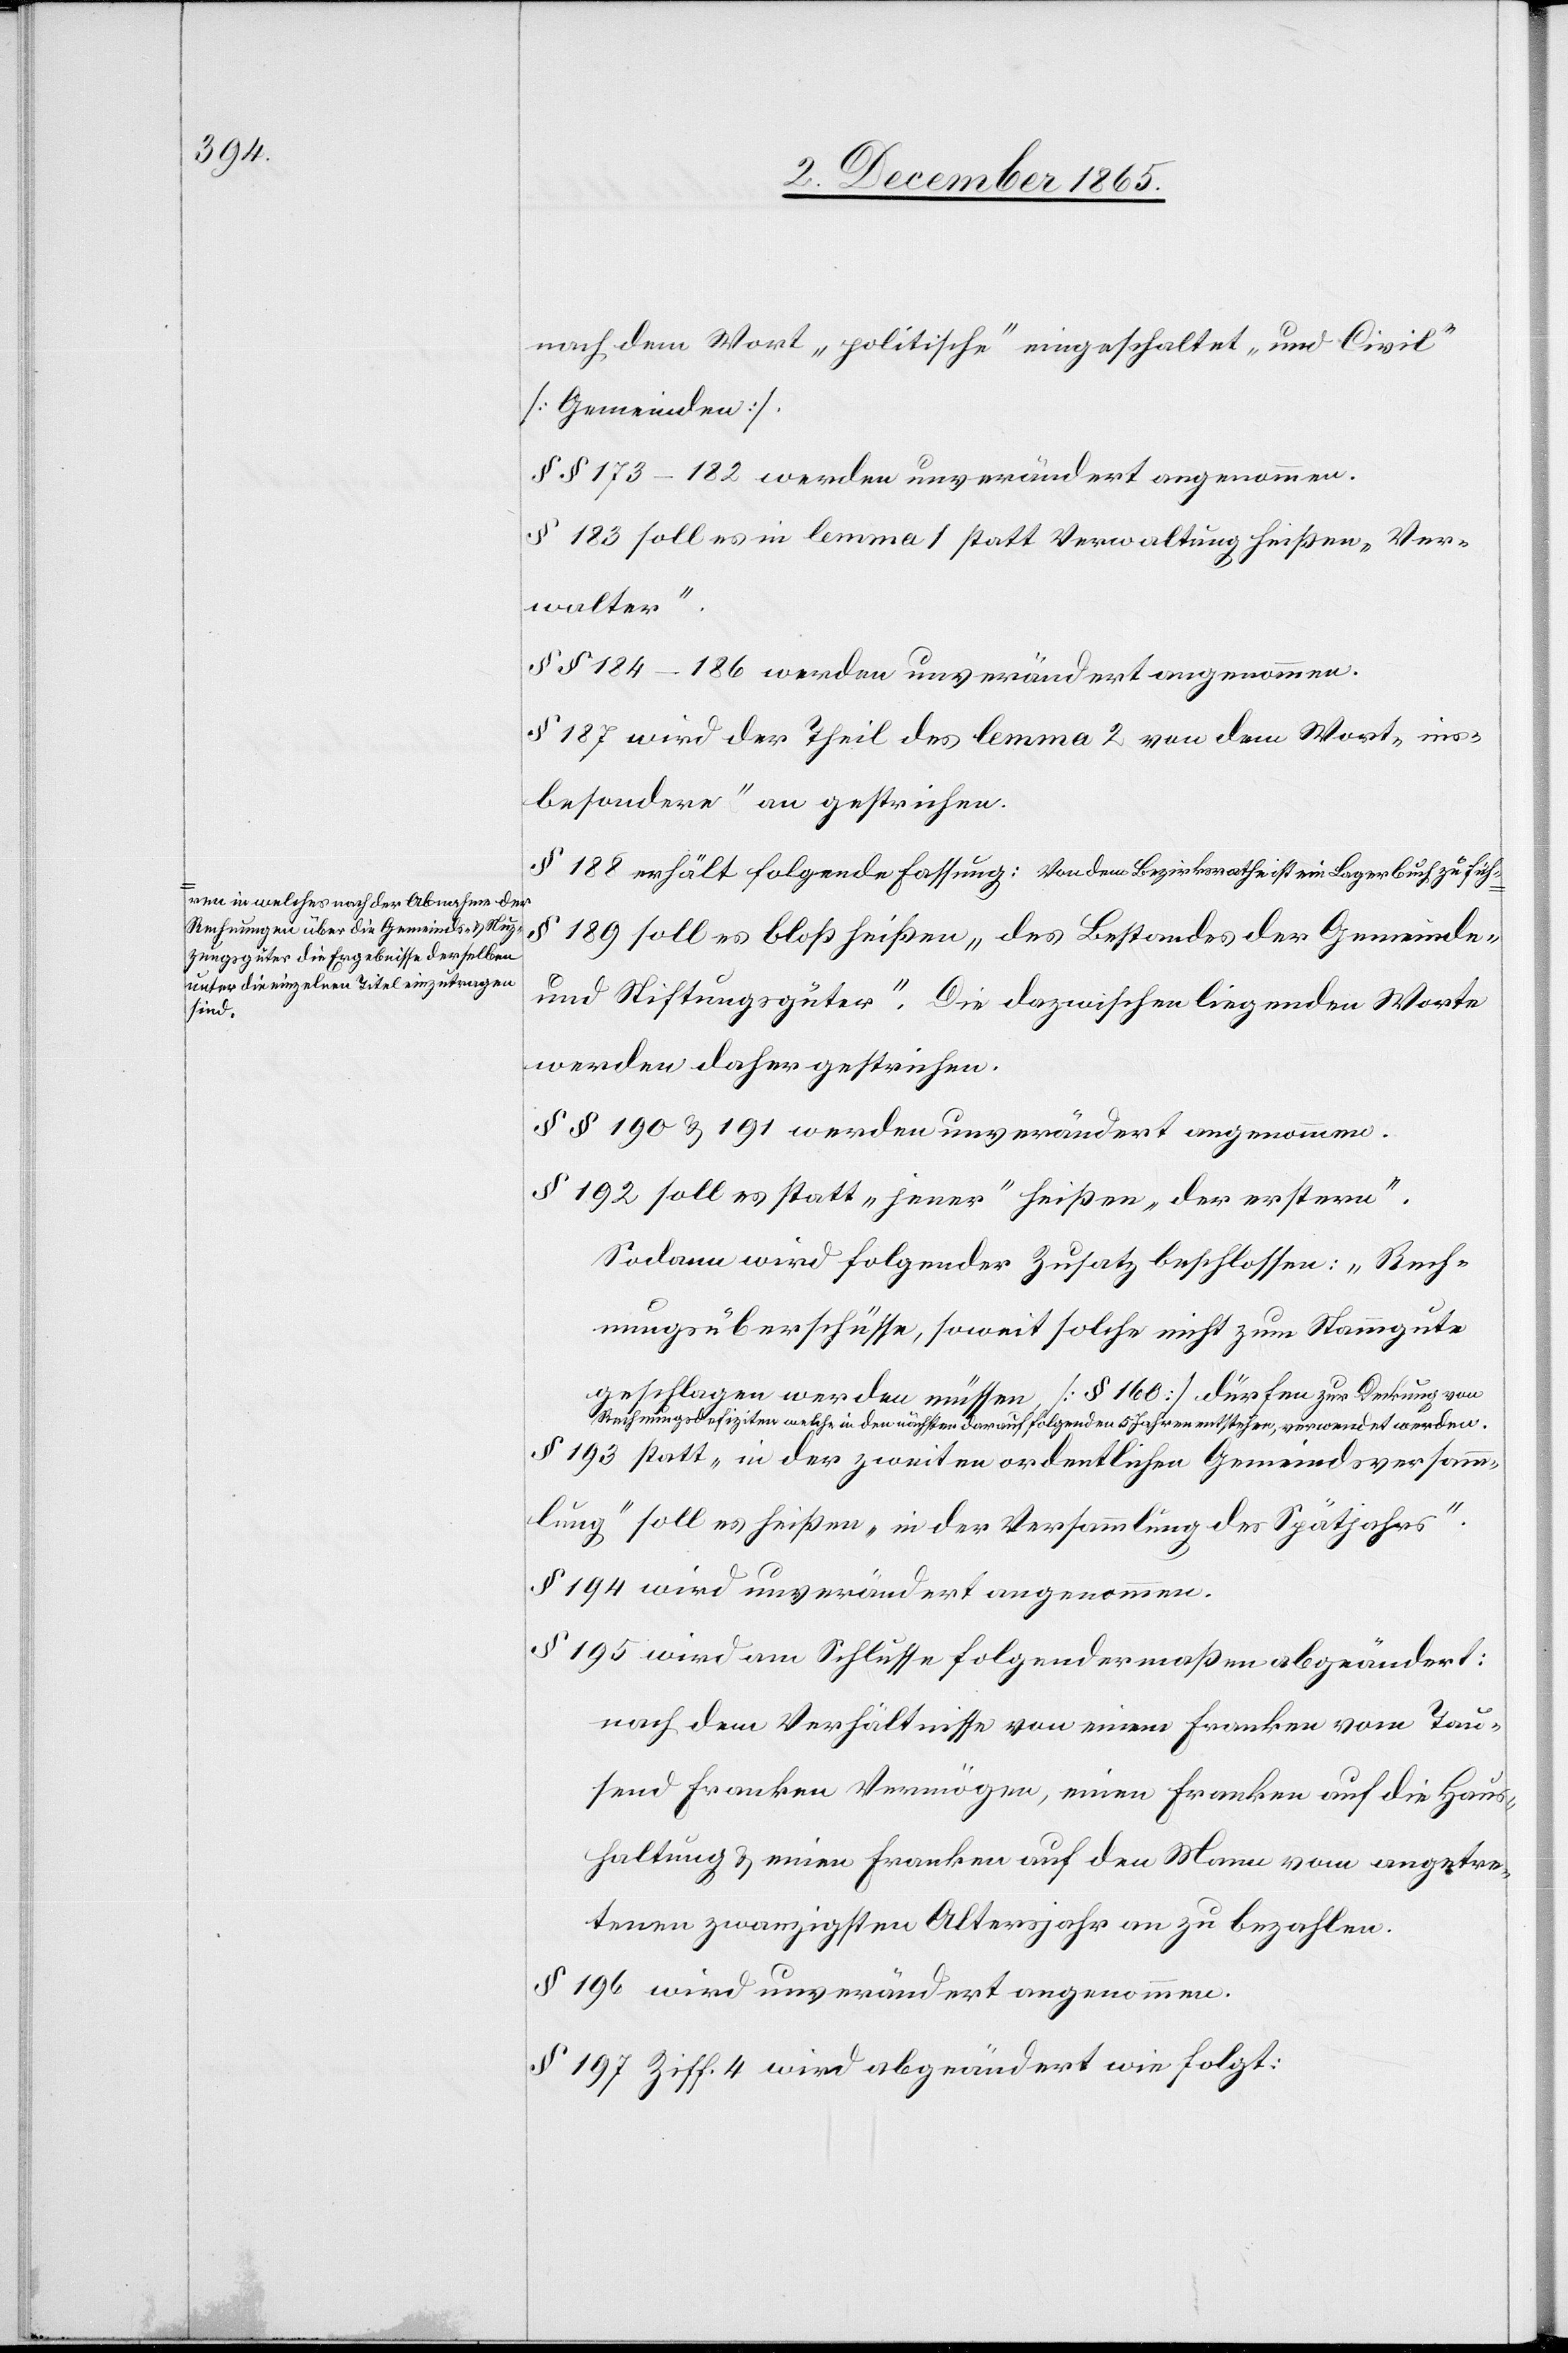
a-ren in welches nach der Abnahme der
Rechnungen über die Gemeinds- & Nuz¬
zungsgüter [sic!] die Ergebnisse derselben
unter die einzelnen Titel einzutragen

nach dem Wort „politisch“ eingeschaltet „und Civil“
[Gemeinden].
§§ 173–182 werden unverändert angenommen.
§ 183 soll es in lemma 1 statt Verwaltung heißen „Ver¬
walter“.
§§ 184–186 werden unverändert angenommen.
§ 187 wird der Theil des lemma 2 von dem Wort „ins¬
besondere“ an gestrichen.
§ 188 erhält folgende Fassung: Von dem Bezirksrathe ist ein Lagerbuch zu füh-
§
189 soll es bloß heißen „des Bestandes der Gemeinde
und Stiftungsgüter“. Die dazwischen liegenden Worte
werden daher gestrichen.
§§ 190 & 191 werden unverändert angenommen.
§ 192 soll es statt „jener“ heißen „der erstern“.
Sodann wird folgender Zusatz beschlossen: „Rech¬
nungsüberschüsse, soweit solche nicht zum Stammgute
geschlagen werden müssen [§ 160] dürfen a-zur Deckung von
Rechnungsdefiziten welche in den nächsten darauf folgenden 5 Jahren entstehen, verwendet werden.-a
§ 193 statt „in der zweiten ordentlichen Gemeindsversamm¬
lung“ soll es heißen „in der Versammlung des Spätjahres“.
§ 194 wird unverändert angenommen.
§ 195 wird am Schlusse folgendermaßen abgeändert:
nach dem Verhältnisse von einem Franken von Tau¬
send Franken Vermögen, einen Franken auf die Haus¬
haltung & einen Franken auf den Mann vom angetre¬
tenen zwanzigsten Altersjahr an zu bezahlen.
§ 196 wird unverändert angenommen.
§ 197 Ziff. 4 wird abgeändert wie folgt: